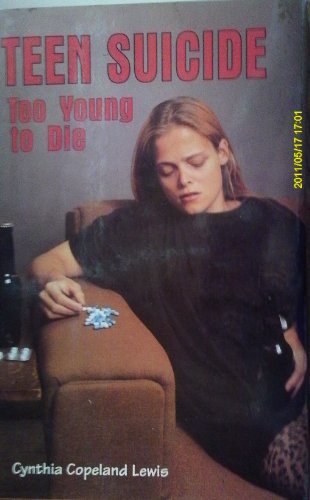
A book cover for Teen Suicide: Too Young to Die (Issues in Focus); Cynthia Copeland Lewis; Teen & Young Adult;